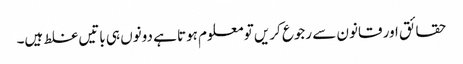
حقائق اور قانون سے رجوع کریں تو معلوم ہوتا ہے دونوں ہی باتیں غلط ہیں۔